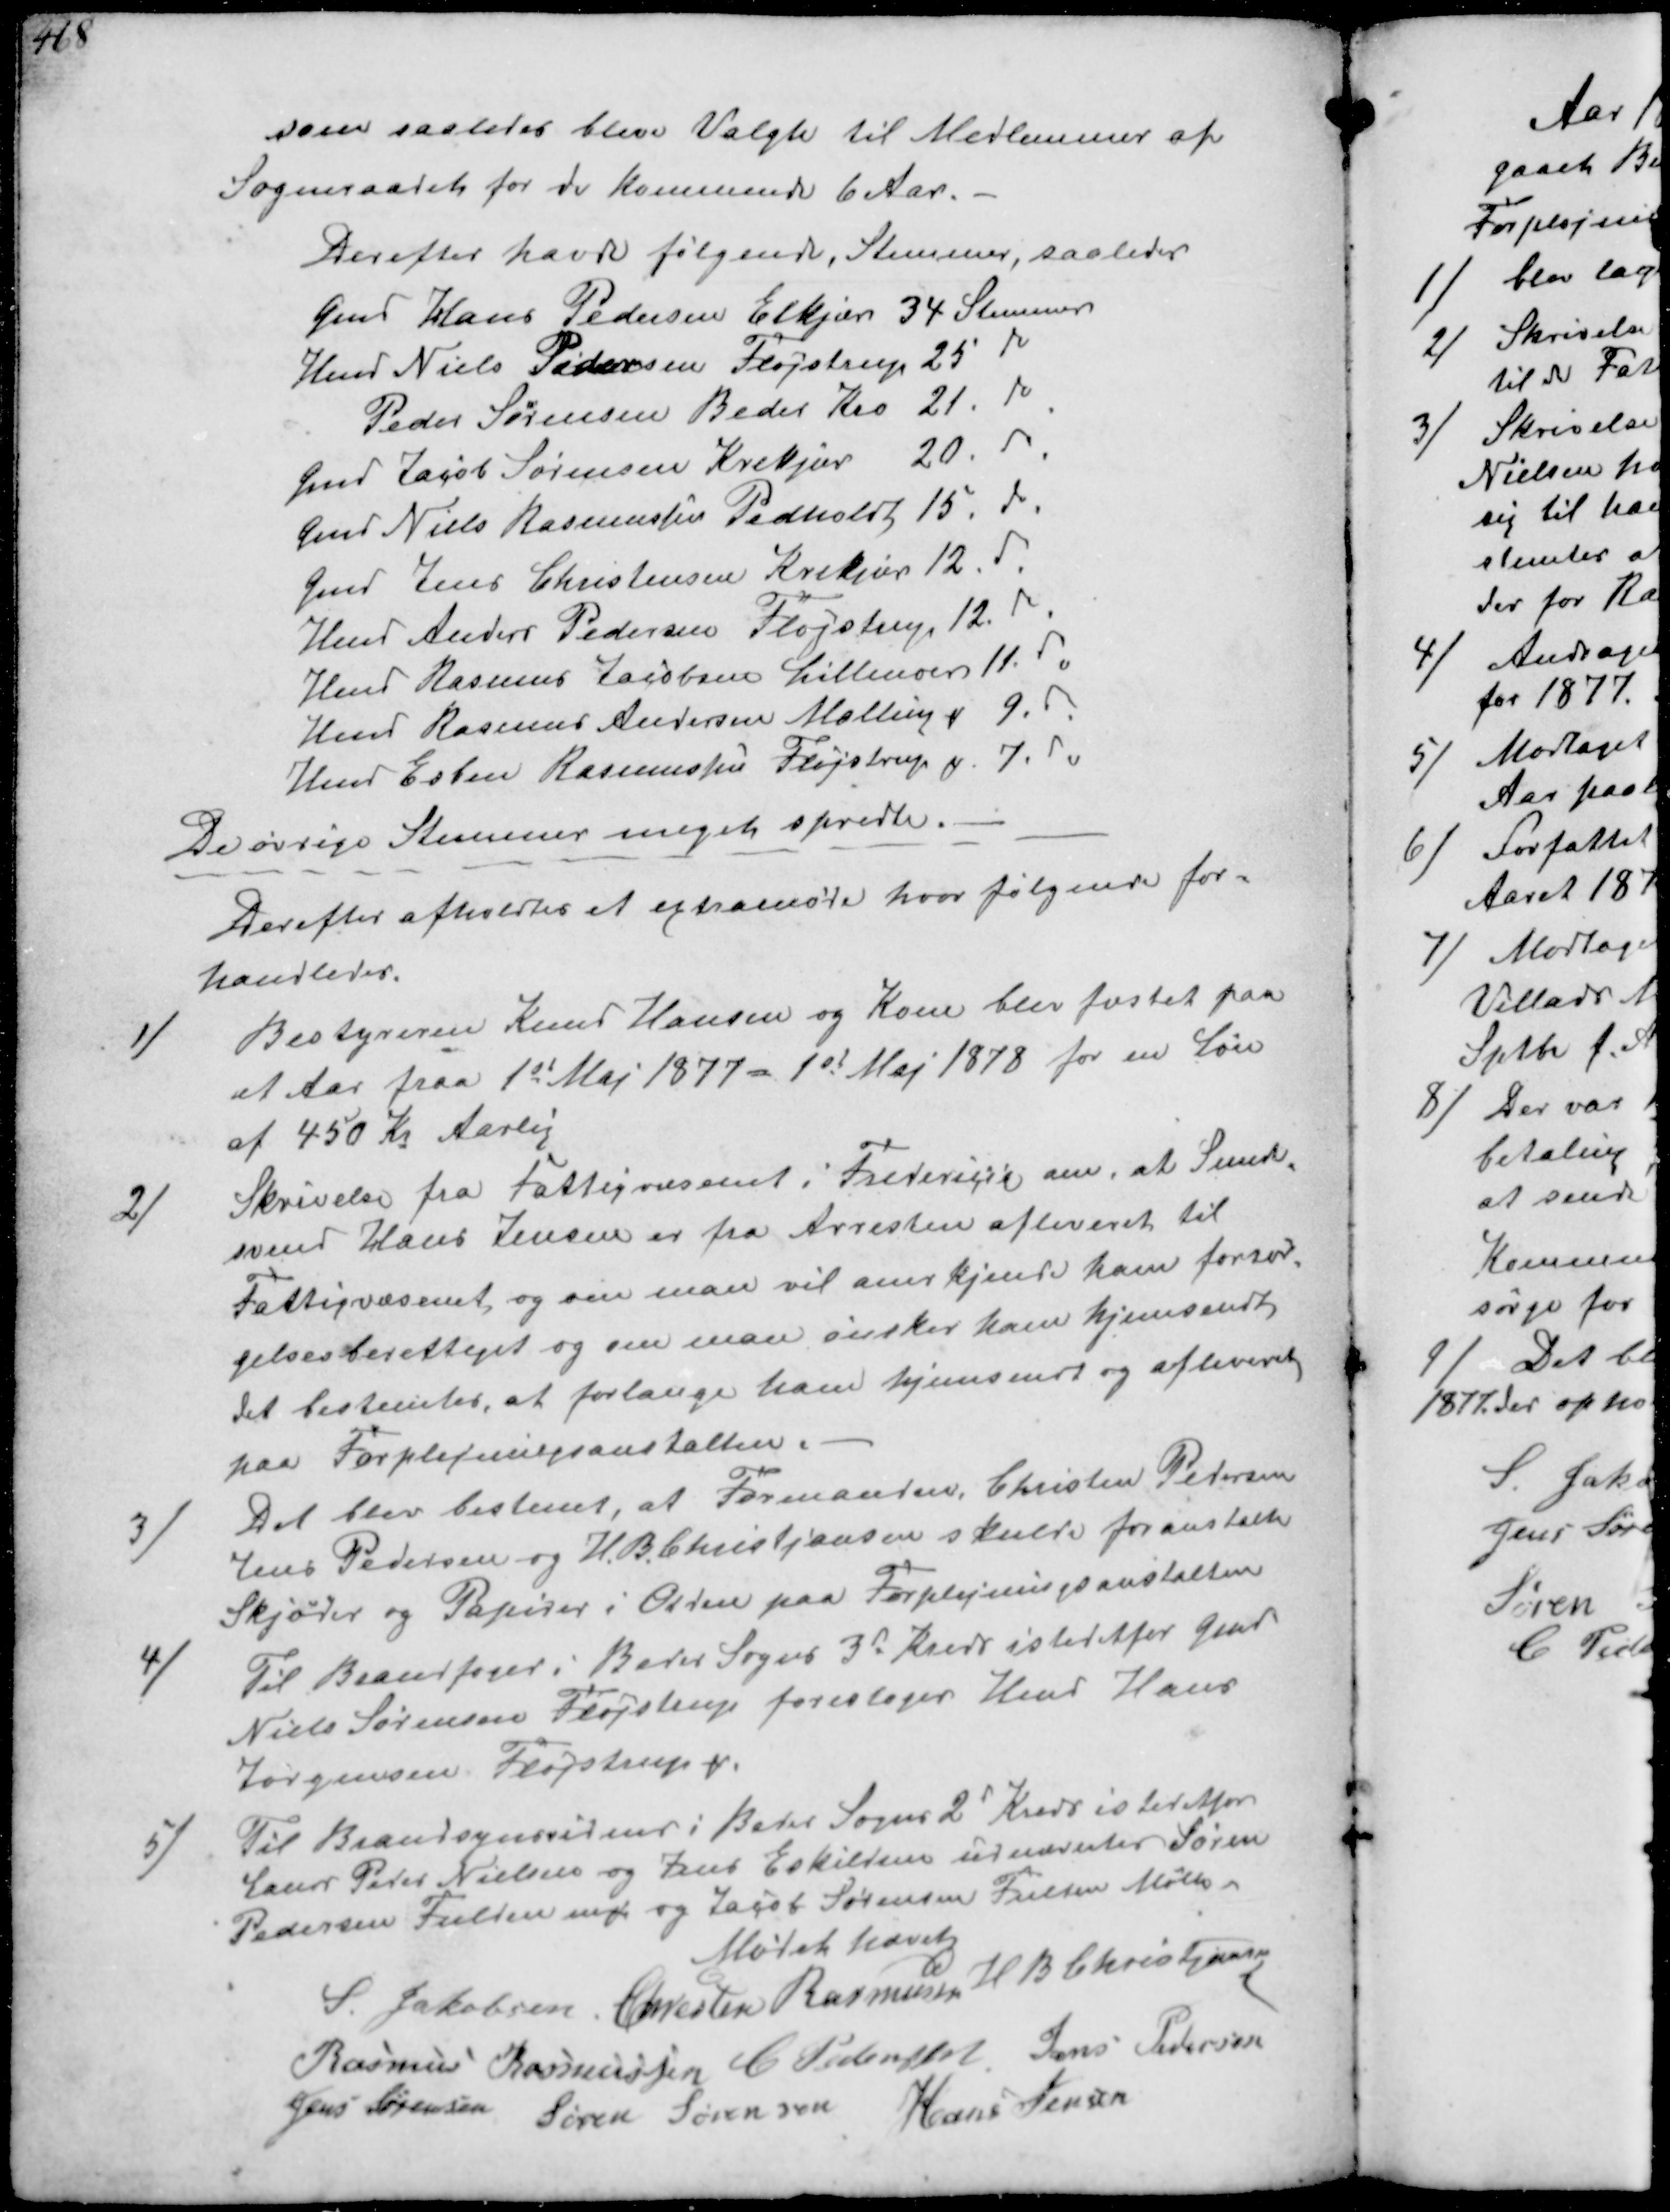
Transskription:
som saaledes bleve Valgte til Medlemmer af
Sogneraadet for de kommende 6 Aar.
Derefter havde følgende, Stemmer, saaledes
Gmd Hans Pedersen Elkjær 34 Stemmer
Hmd Niels Pedersen Fløjstrup 25
Peder Sørensen Beder Kro 21
Gmd Jacob Sørensen Krekjær 20
Gmd Niels Rasmussen Pedholdt 15
Gmd Jens Christensen Krekjær 12
Hmd Niels Pedersen Fløjstrup 12
Hmd Rasmus Jacobsen Lillenoer 11
Hmd Rasmus Andersen Mallinge 9
Hmd Esben Rasmussen Fløjstrup p 7
De øvrige Stemner meget spredte.
Derefter afholdtes et extramøde hvor følgende for-
handledes.

1/
Bestyreren Knud Hansen og Kone blev fæstet paa
et Aar fraa 1st Maj 1877 - 1st Maj 1878 for en Løn
af 450 Kr Aarlig
2/
Skrivelse fra Fattigvæsenet i Fredericia om, at Smede-
svend Hans Jensen er fra Arresten afleveret til
Fattigvæsenet, og om man vil anerkjende ham forsør-
gelsesberettiget og om man ønsker ham hjemsendt,
det bestemtes, at forlange ham hjemsendt og afleveret
paa Forplejningsanstalten.
3/
Det blev bestemt, at Formanden, Christen Pedersen
Jens Pedersen og H. B. Christjansen skulde foranstalte
Skjøder og Papirer i Orden paa Forplejningsanstalten
4/
Til Brandfoged i Beder Sogns 3d Kreds istedefor Gmd
Niels Sørensen Fløjstrup foresloges Hmd Hans
Jørgensen, Fløjstrup.
5/
Til Brandsynsvidner i Beder Sogns 2d Kreds istedefor
Laur Peter Nielsen og Jens Eskildsen udnævntes Søren
Pedersen Fulden ₻ og Jacob Sørensen Fulden Mølle
Mødet hævet
S Jakobsen Chresten Rasmussen H B Christjansen
Rasmus Rasmussen C Pedersen Jens Pedersen
Jens Sørensen Søren Sørensen Hans Jensen